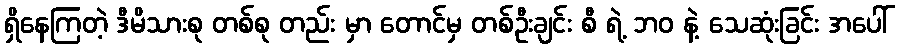
ရှိနေကြတဲ့ ဒီမိသားစု တစ်စု တည်း မှာ တောင်မှ တစ်ဦးချင်း စီ ရဲ့ ဘဝ နဲ့ သေဆုံးခြင်း အပေါ်